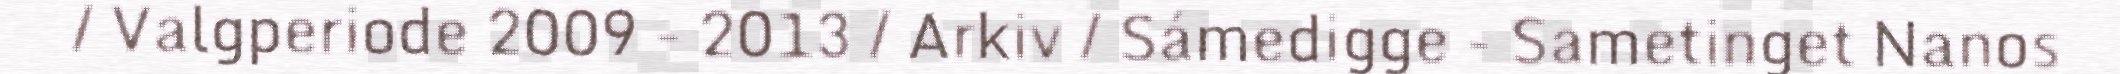
/ Valgperiode 2009 - 2013 / Arkiv / Sámedigge - Sametinget Nanos